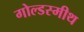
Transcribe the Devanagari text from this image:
गोल्डस्मीथ